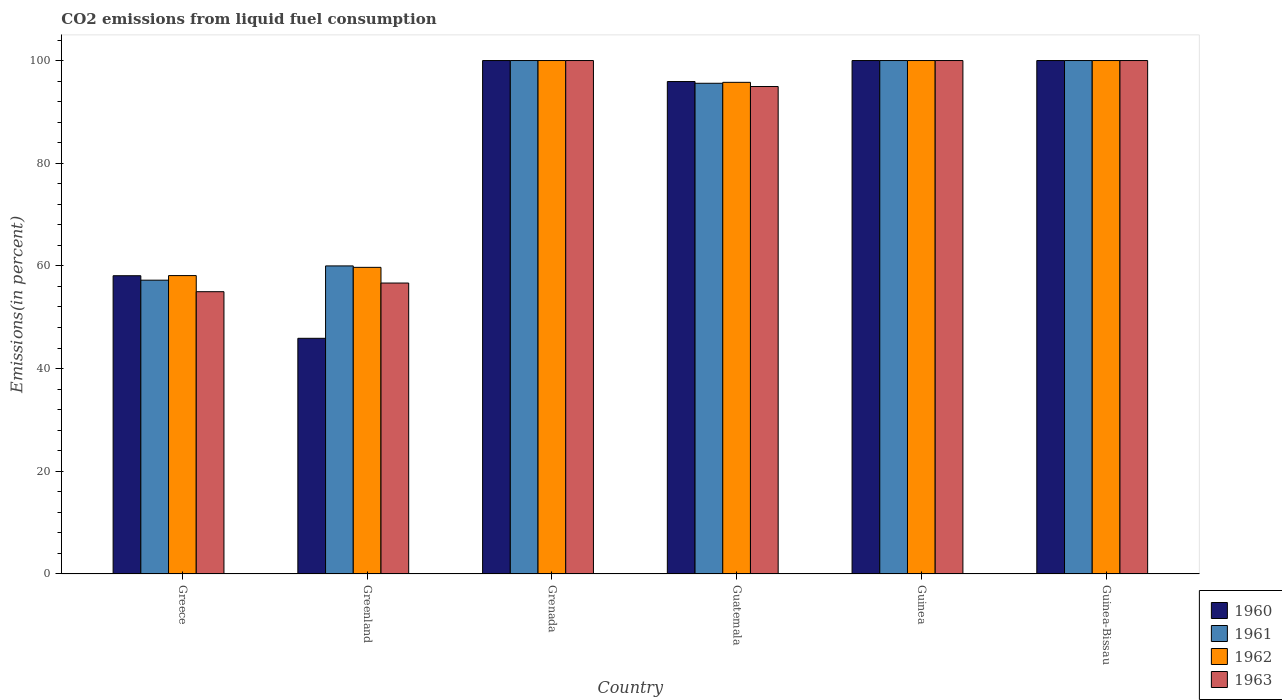
| Country | 1960 | 1961 | 1962 | 1963 |
 | --- | --- | --- | --- | --- |
 | Greece | 58.1 | 57.2 | 58.1 | 55 |
 | Greenland | 45.9 | 60 | 59.7 | 56.7 |
 | Grenada | 100 | 100 | 100 | 100 |
 | Guatemala | 95.9 | 95.6 | 95.8 | 94.9 |
 | Guinea | 100 | 100 | 100 | 100 |
 | Guinea-Bissau | 100 | 100 | 100 | 100 |